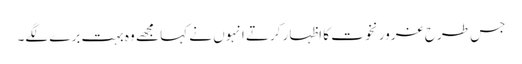
جس طرح غرور نخوت کا اظہار کرتے انہوں نے کہا مجھے وہ بہت برے لگے۔